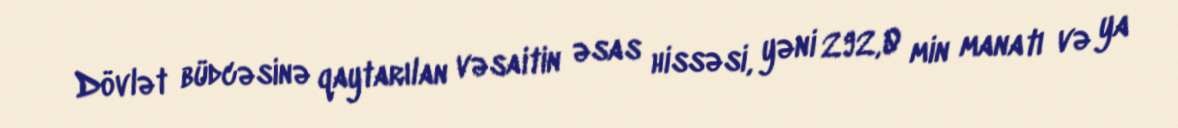
Dövlət büdcəsinə qaytarılan vəsaitin əsas hissəsi, yəni 292,0 min manatı və ya